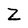
Character: Z